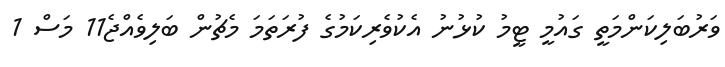
ވަރުބަލިކަންމަތީ ގައުމީ ޓީމު ކުޅުނު އެކުވެރިކަމުގެ ފުރަތަމަ މެޗުން ބަލިވެއްޖެ11 މަސް 1